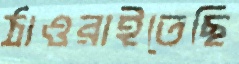
ঠাওরাইতেছি